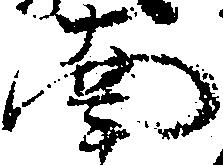
南